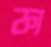
ফ্য